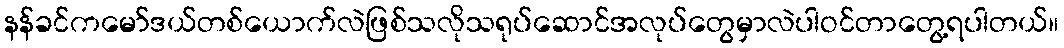
နန်ခင်ကမော်ဒယ်တစ်ယောက်လဲဖြစ်သလိုသရုပ်ဆောင်အလုပ်တွေမှာလဲပါဝင်တာတွေ့ရပါတယ်။